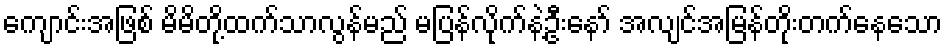
ကျောင်းအဖြစ် မိမိတို့ထက်သာလွန်မည် မပြန်လိုက်နဲ့ဦးနော် အလျင်အမြန်တိုးတက်နေသော